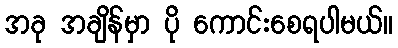
အခု အချိန်မှာ ပို ကောင်းစေရပါမယ်။